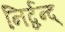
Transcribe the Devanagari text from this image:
निर्द्वन्द्